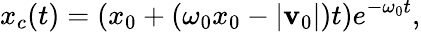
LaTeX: x_{c}(t)=\left(x_{0}+\left(\omega_{0}x_{0}-|\mathbf{v}_{0}|\right)t\right)e^{-\omega_{0}t},